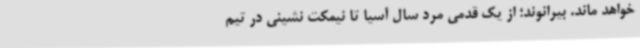
خواهد ماند. بیرانوند؛ از یک قدمی مرد سال آسیا تا نیمکت نشینی در تیم